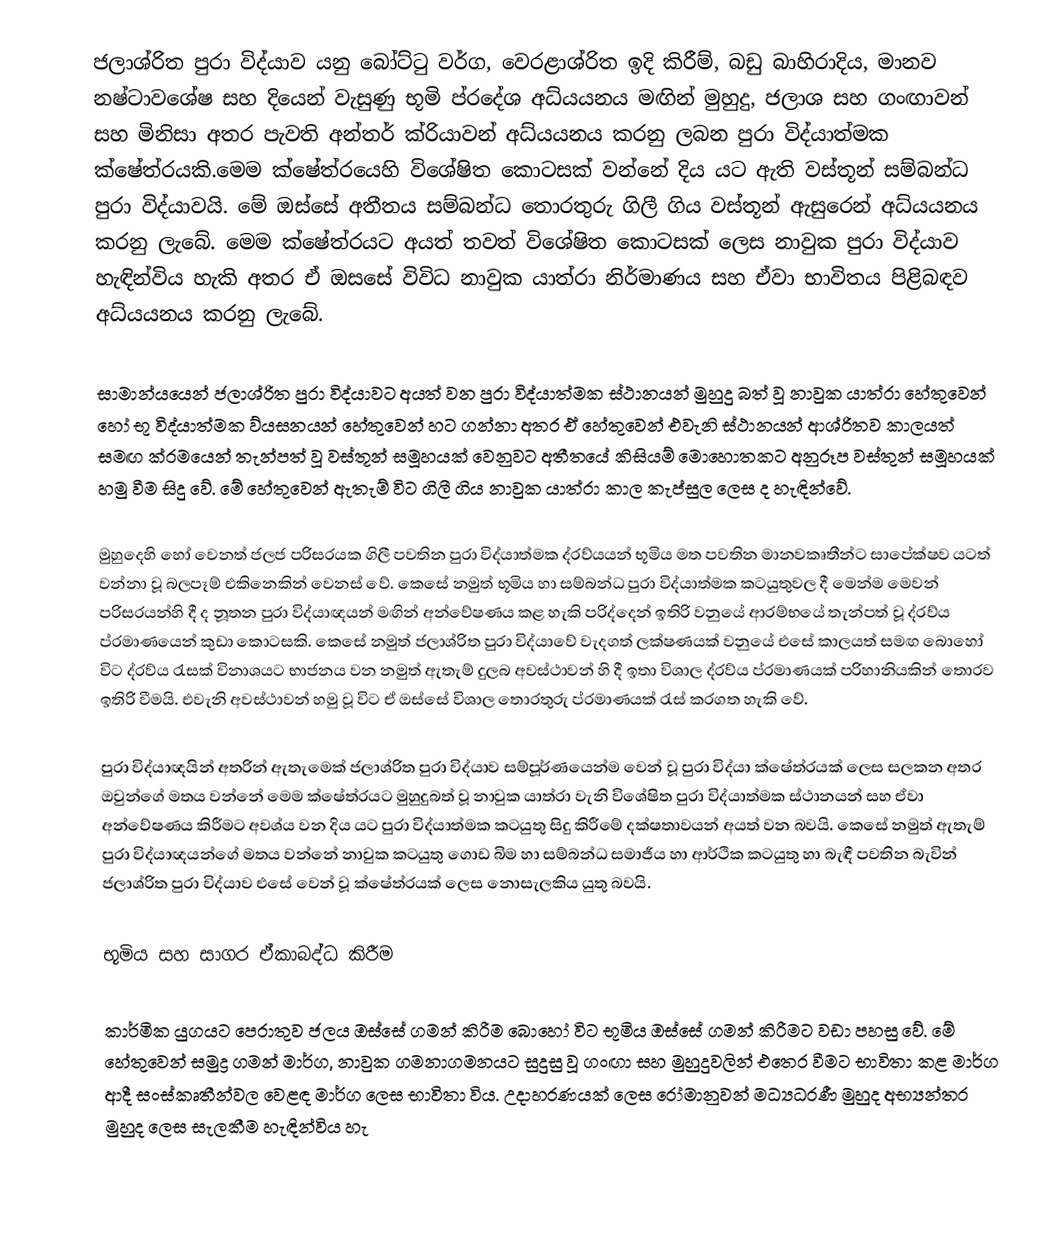
ජලාශ්රිත පුරා විද්යාව යනු බෝට්ටු වර්ග, වෙරළාශ්රිත ඉදි කිරීම්, බඩු බාහිරාදිය, මානව නෂ්ටාවශේෂ සහ දියෙන් වැසුණු භූමි ප්රදේශ අධ්යයනය මඟින් මුහුදු, ජලාශ සහ ගංඟාවන් සහ මිනිසා අතර පැවති අන්තර් ක්රියාවන් අධ්යයනය කරනු ලබන පුරා විද්යාත්මක ක්ෂේත්රයකි.මෙම ක්ෂේත්රයෙහි විශේෂිත කොටසක් වන්නේ දිය යට ඇති වස්තූන් සම්බන්ධ පුරා විද්යාවයි. මේ ඔස්සේ අතීතය සම්බන්ධ තොරතුරු ගිලී ගිය වස්තූන් ඇසුරෙන් අධ්යයනය කරනු ලැබේ. මෙම ක්ෂේත්රයට අයත් තවත් විශේෂිත කොටසක් ලෙස නාවුක පුරා විද්යාව හැඳින්විය හැකි අතර ඒ ඔසසේ විවිධ නාවුක යාත්රා නිර්මාණය සහ ඒවා භාවිතය පිළිබඳව අධ්යයනය කරනු ලැබේ.

සාමාන්යයෙන් ජලාශ්රිත පුරා විද්යාවට අයත් වන පුරා විද්යාත්මක ස්ථානයන් මුහුදු බත් වූ නාවුක යාත්රා හේතුවෙන් හෝ භූ විද්යාත්මක ව්යසනයන් හේතුවෙන් හට ගන්නා අතර ඒ හේතුවෙන් එවැනි ස්ථානයන් ආශ්රිතව කාලයත් සමඟ ක්රමයෙන් තැන්පත් වූ වස්තූන් සමූහයක් වෙනුවට අතීතයේ කිසියම් මොහොතකට අනුරූප වස්තුන් සමූහයක් හමු වීම සිදු වේ. මේ හේතුවෙන් ඇතැම් විට ගිලී ගිය නාවුක යාත්රා කාල කැප්සුල ලෙස ද හැඳින්වේ.

මුහුදෙහි හෝ වෙනත් ජලජ පරිසරයක ගිලී පවතින පුරා විද්යාත්මක ද්රව්යයන් භූමිය මත පවතින මානවකෘතීන්ට සාපේක්ෂව යටත් වන්නා වූ බලපෑම් එකිනෙකින් වෙනස් වේ. කෙසේ නමුත් භූමිය හා සම්බන්ධ පුරා විද්යාත්මක කටයුතුවල දී මෙන්ම මෙවන් පරිසරයන්හි දී ද නූතන පුරා විද්යාඥයන් මඟින් අන්වේෂණය කළ හැකි පරිද්දෙන් ඉතිරි වනුයේ ආරම්භයේ තැන්පත් වූ ද්රව්ය ප්රමාණයෙන් කුඩා කොටසකි. කෙසේ නමුත් ජලාශ්රිත පුරා විද්යාවේ වැදගත් ලක්ෂණයක් වනුයේ එසේ කාලයත් සමඟ බොහෝ විට ද්රව්ය රැසක් විනාශයට භාජනය වන නමුත් ඇතැම් දුලබ අවස්ථාවන් හි දී ඉතා විශාල ද්රව්ය ප්රමාණයක් පරිහානියකින් තොරව ඉතිරි වීමයි. එවැනි අවස්ථාවන් හමු වූ විට ඒ ඔස්සේ විශාල තොරතුරු ප්රමාණයක් රැස් කරගත හැකි වේ.

පුරා විද්යාඥයින් අතරින් ඇතැමෙක් ජලාශ්රිත පුරා විද්යාව සම්පූර්ණයෙන්ම වෙන් වූ පුරා විද්යා ක්ෂේත්රයක් ලෙස සලකන අතර ඔවුන්ගේ මතය වන්නේ මෙම ක්ෂේත්රයට මුහුදුබත් වූ නාවුක යාත්රා වැනි විශේෂිත පුරා විද්යාත්මක ස්ථානයන් සහ ඒවා අන්වේෂණය කිරීමට අවශ්ය වන දිය යට පුරා විද්යාත්මක කටයුතු සිදු කිරීමේ දක්ෂතාවයන් අයත් වන බවයි. කෙසේ නමුත් ඇතැම් පුරා විද්යාඥයන්ගේ මතය වන්නේ නාවුක කටයුතු ගොඩ බිම හා සම්බන්ධ සමාජීය හා ආර්ථික කටයුතු හා බැඳී පවතින බැවින් ජලාශ්රිත පුරා විද්යාව එසේ වෙන් වූ ක්ෂේත්රයක් ලෙස නොසැලකිය යුතු බවයි.

භූමිය සහ සාගර ඒකාබද්ධ කිරීම

කාර්මික යුගයට පෙරාතුව ජලය ඔස්සේ ගමන් කිරීම බොහෝ විට භූමිය ඔස්සේ ගමන් කිරීමට වඩා පහසු වේ. මේ හේතුවෙන් සමුද්‍ර ගමන් මාර්ග, නාවුක ගමනාගමනයට සුදුසු වූ ගංඟා සහ මුහුදුවලින් එතෙර වීමට භාවිතා කළ මාර්ග ආදී සංස්කෘතීන්වල වෙළඳ මාර්ග ලෙස භාවිතා විය. උදාහරණයක් ලෙස රෝමානුවන් මධ්‍යධරණී මුහුද අභ්‍යන්තර මුහුද ලෙස සැලකීම හැඳින්විය හැ